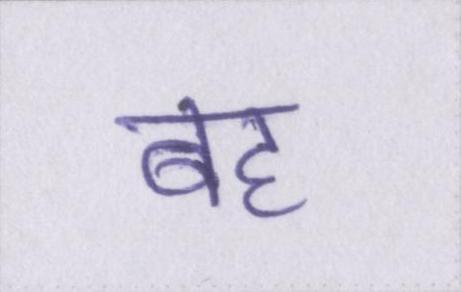
बह